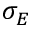
\sigma _ { E }